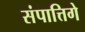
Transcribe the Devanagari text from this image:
संपात्तिगे